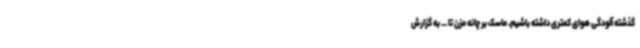
گذشته آلودگی هوای کمتری داشته باشیم. ماسک بر چانه مزن تا ... به گزارش